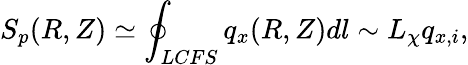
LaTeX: S_{p}(R,Z)\simeq\oint_{LCFS}q_{x}(R,Z)dl\sim L_{\chi}q_{x,i},